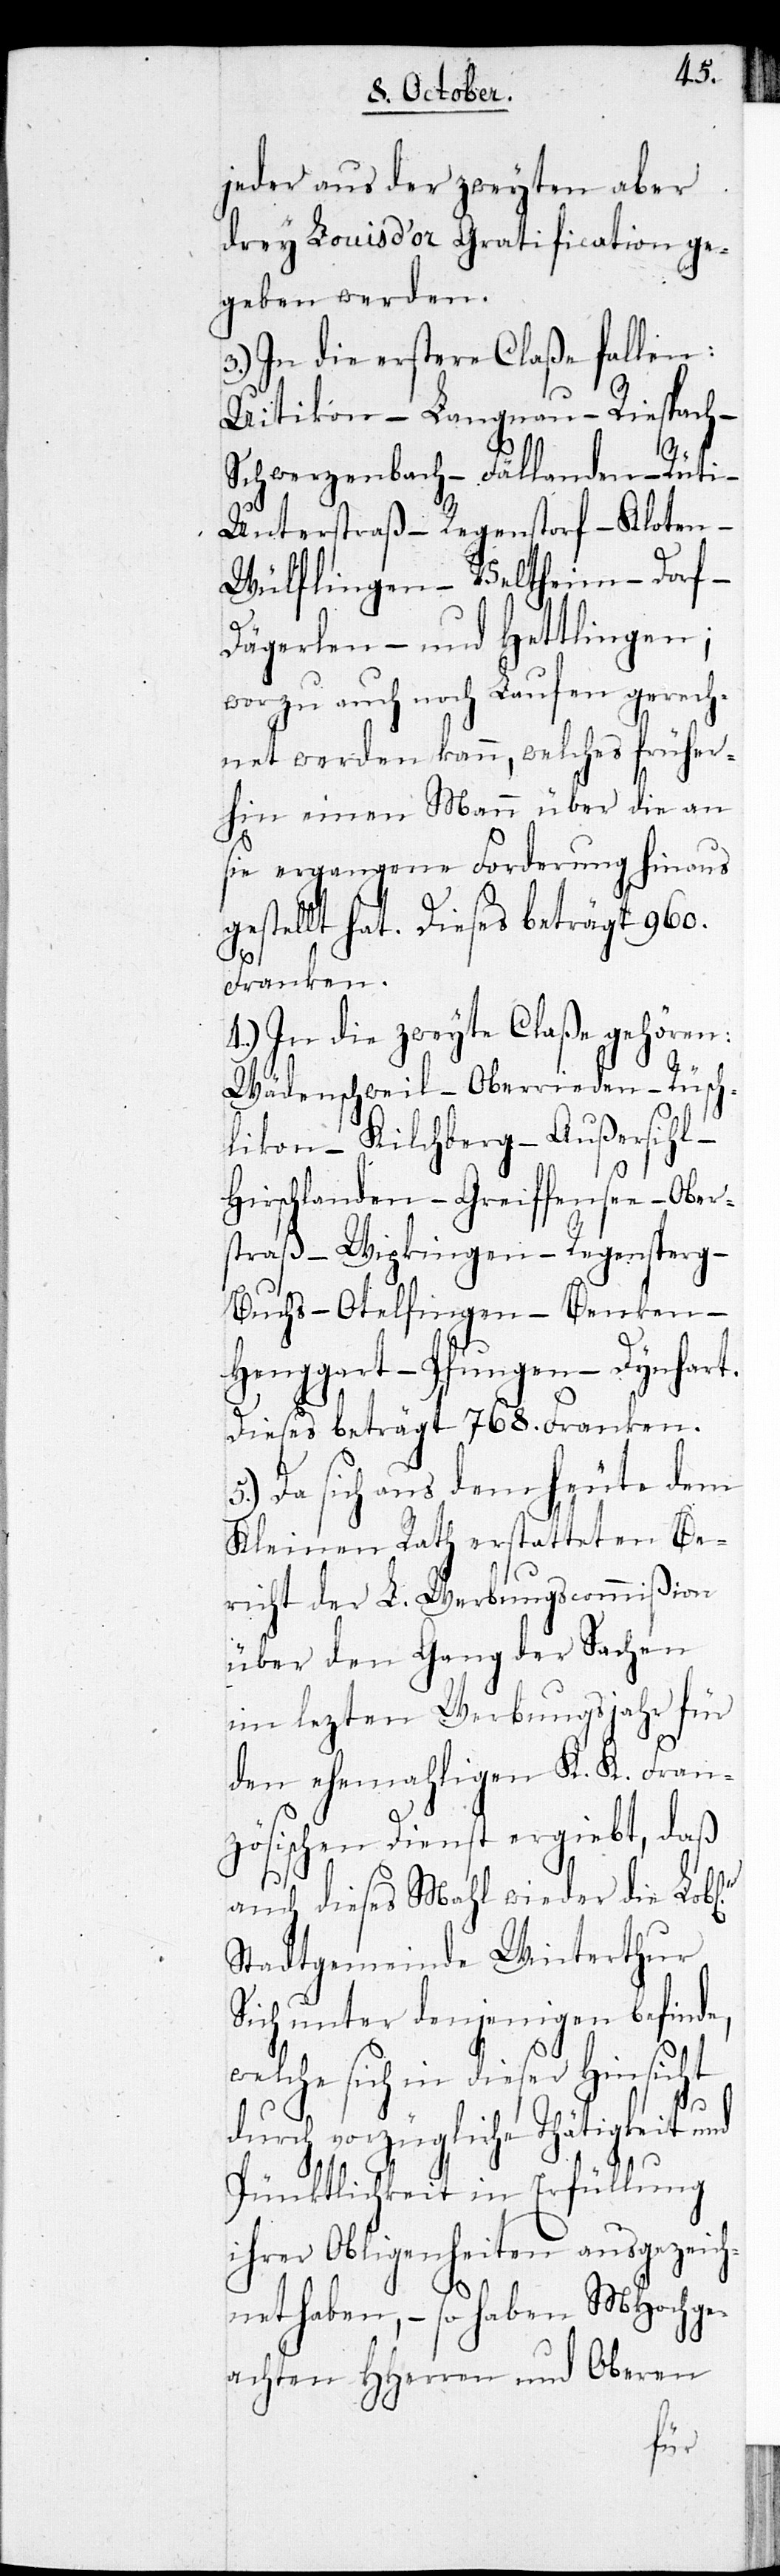
jeder aus der zweyten aber
drey Louisd’or Gratification ge¬
geben werden.
3.) In die erstere Claße fallen:
Uitikon – Langnau – Riesbach –
Schwerzenbach – Fällanden – Rüti –
Unterstraß – Regenstorf – Kloten
Wülflingen – Veltheim – Dorf –
Dägerlen – und Hettlingen;
worzu auch noch Laufen gerech¬
net werden kann, welches früher¬
hin einen Mann über die an
sie ergangene Forderung hinaus
gestellt hat. Dieses beträgt 960.
Franken.
4.) In die zweyte Claße gehören:
Wädenschweil – Oberrieden – Rüsch¬
likon – Kilchberg – Außersihl –
Hirslanden – Greiffensee – Ober¬
straß – Wipkingen – Regensberg –
Buchs – Otelfingen – Benken –
Henggart – Pfungen – Dynhart.
Dieses beträgt 768. Franken.
5.) Da sich aus dem heute dem
Kleinen Rath erstatteten Be¬
richt der L. Werbungscommißion
über den Gang der Sachen
im lezten Werbungsjahr für
den ehemahligen K. K. Fran¬
zösischen Dienst ergiebt, daß
auch dieses Mahl wieder die Lobl.
Stadtgemeinde Winterthur
sich unter denjenigen befinde,
welche sich in dieser Hinsicht
durch vorzügliche Thätigkeit
Pünktlichkeit in Erfüllung
ihrer Obliegenheiten ausgezeich¬
net haben, - so haben MHochge¬
achten HHerren und Oberen